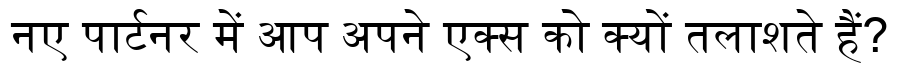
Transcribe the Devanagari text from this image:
नए पार्टनर में आप अपने एक्स को क्यों तलाशते हैं?